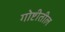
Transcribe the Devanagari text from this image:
गोष्टीतील